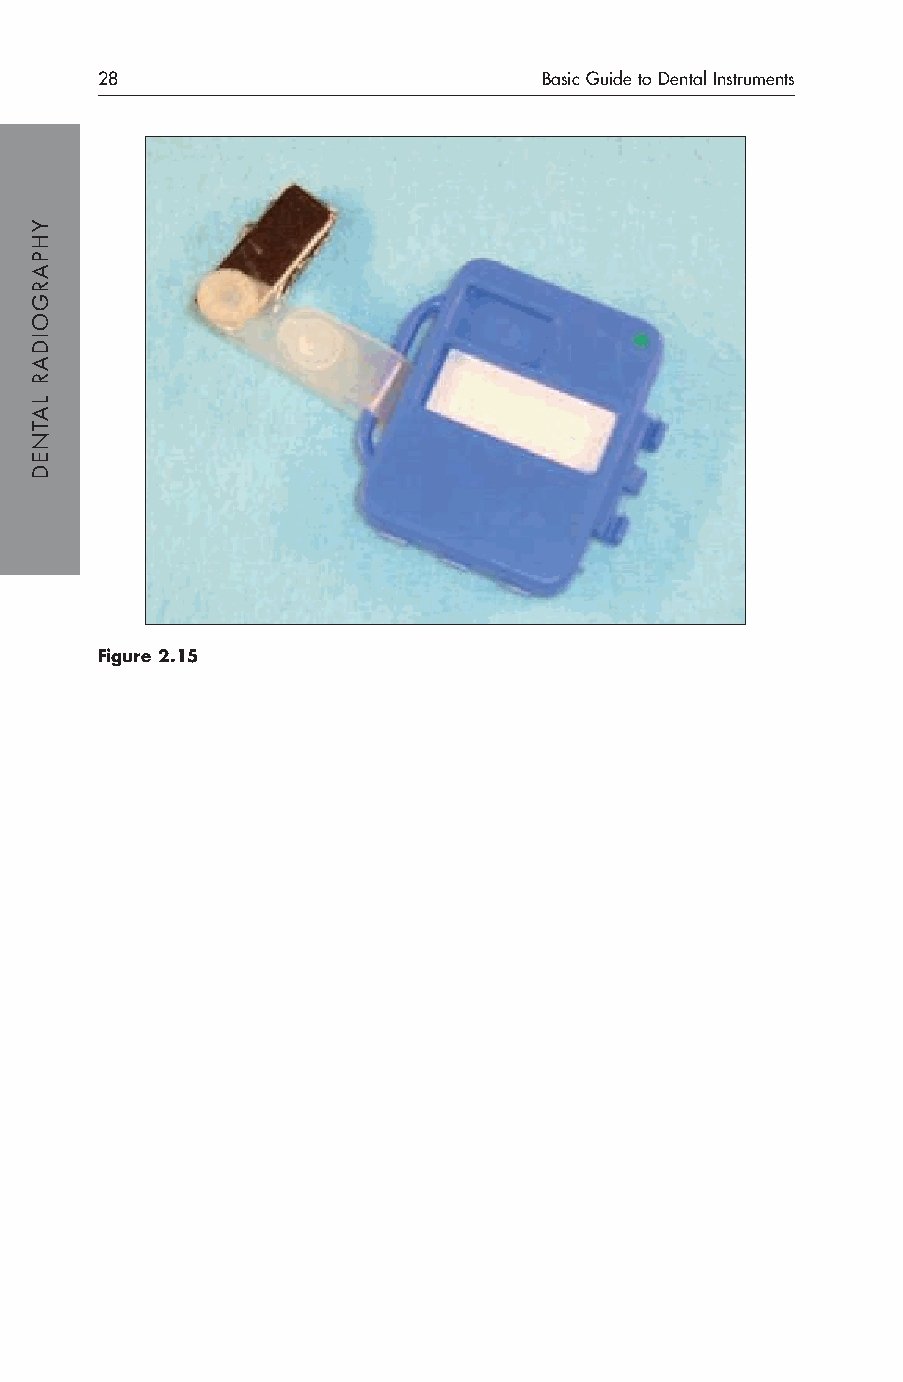
28                            Basic Guide to Dental Instruments
 Figure 2.15
 YHPARGOIDAR
 LATNED